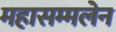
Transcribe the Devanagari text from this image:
महासम्मलेन